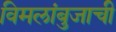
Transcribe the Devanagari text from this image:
विमलांबुजाची